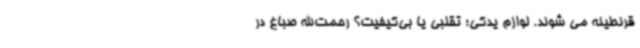
قرنطینه می شوند. لوازم یدکی؛ تقلبی یا بی‌کیفیت؟ رحمت‌الله صباغ در